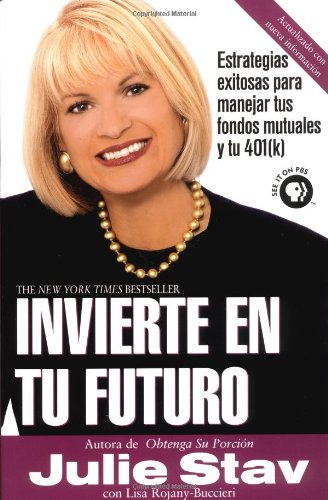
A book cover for Invierte En Tu Futuro (Spanish Edition); Julie Stav; Business & Money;